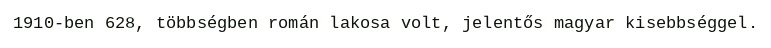
1910-ben 628, többségben román lakosa volt, jelentős magyar kisebbséggel.